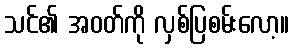
သင်၏ အဝတ်ကို လှစ်ပြစမ်းလော့။